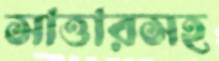
সাত্তারসহ